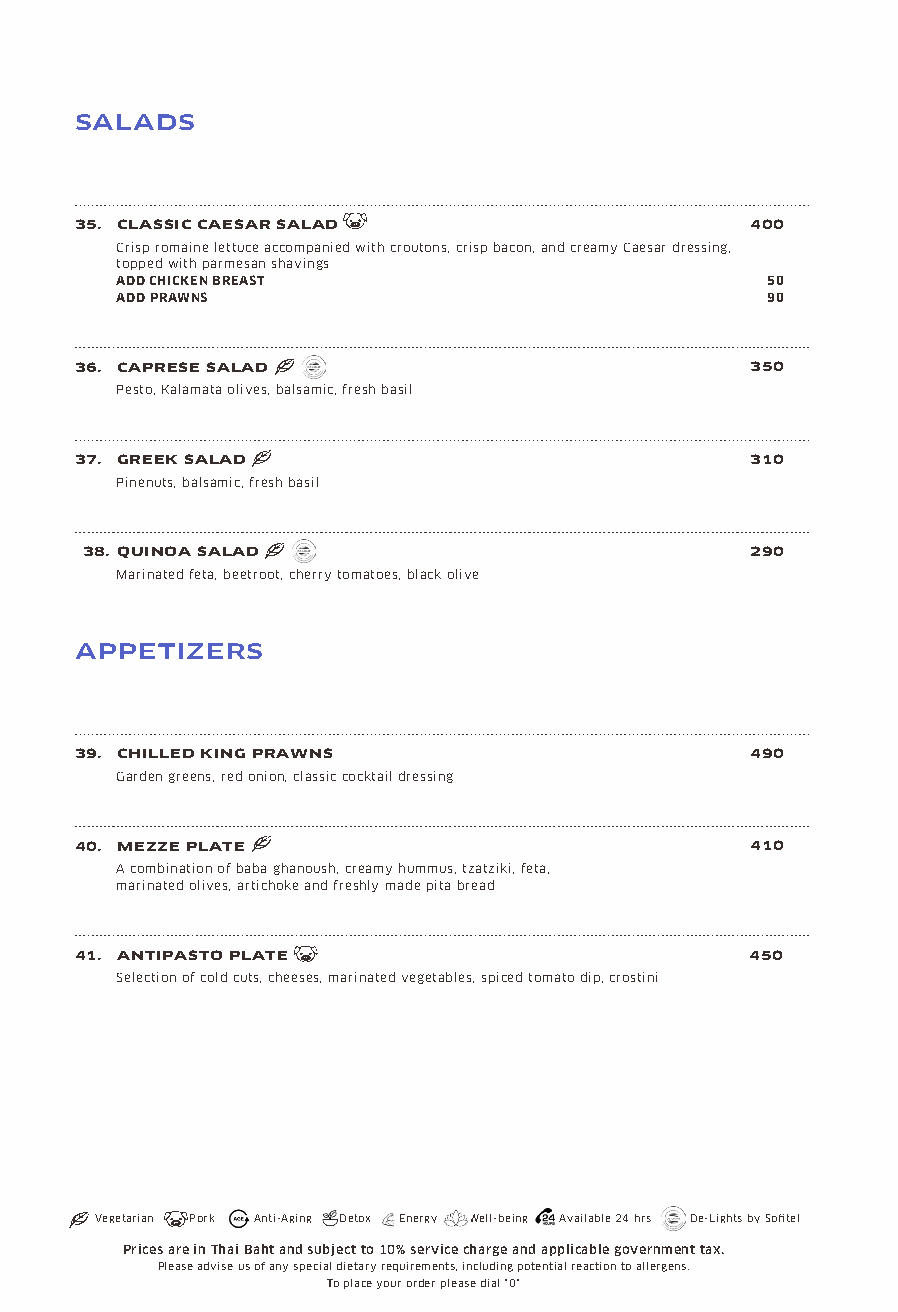
SALADS
 35. CLASSIC CAESAR SALAD                     400
 Crisp romaine lettuce accompanied with croutons, crisp bacon, and creamy Caesar dressing,
 topped with parmesan shavings
 ADD CHICKEN BREAST                         50
 ADD PRAWNS                                 90
 36. CAPRESE SALAD                            350
 Pesto, Kalamata olives, balsamic, fresh basil
 37. GREEK SALAD                              310
 Pinenuts, balsamic, fresh basil
 38. QUINOA SALAD                            290
 Marinated feta, beetroot, cherry tomatoes, black olive
 APPETIZERS
 39. CHILLED KING PRAWNS                      490
 Garden greens, red onion, classic cocktail dressing
 40. MEZZE PLATE                              410
 A combination of baba ghanoush, creamy hummus, tzatziki, feta,
 marinated olives, artichoke and freshly made pita bread
 41. ANTIPASTO PLATE                          450
 Selection of cold cuts, cheeses, marinated vegetables, spiced tomato dip, crostini
 Vegetarian Pork Anti-Aging Detox Energy Well-being Available 24 hrs De-Lights by Sofitel
 Prices are in Thai Baht and subject to 10% service charge and applicable government tax.
 Please advise us of any special dietary requirements, including potential reaction to allergens.
 To place your order please dial "0"